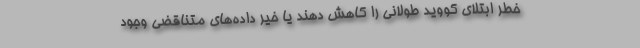
خطر ابتلای کووید طولانی را کاهش دهند یا خیر داده‌های متناقضی وجود